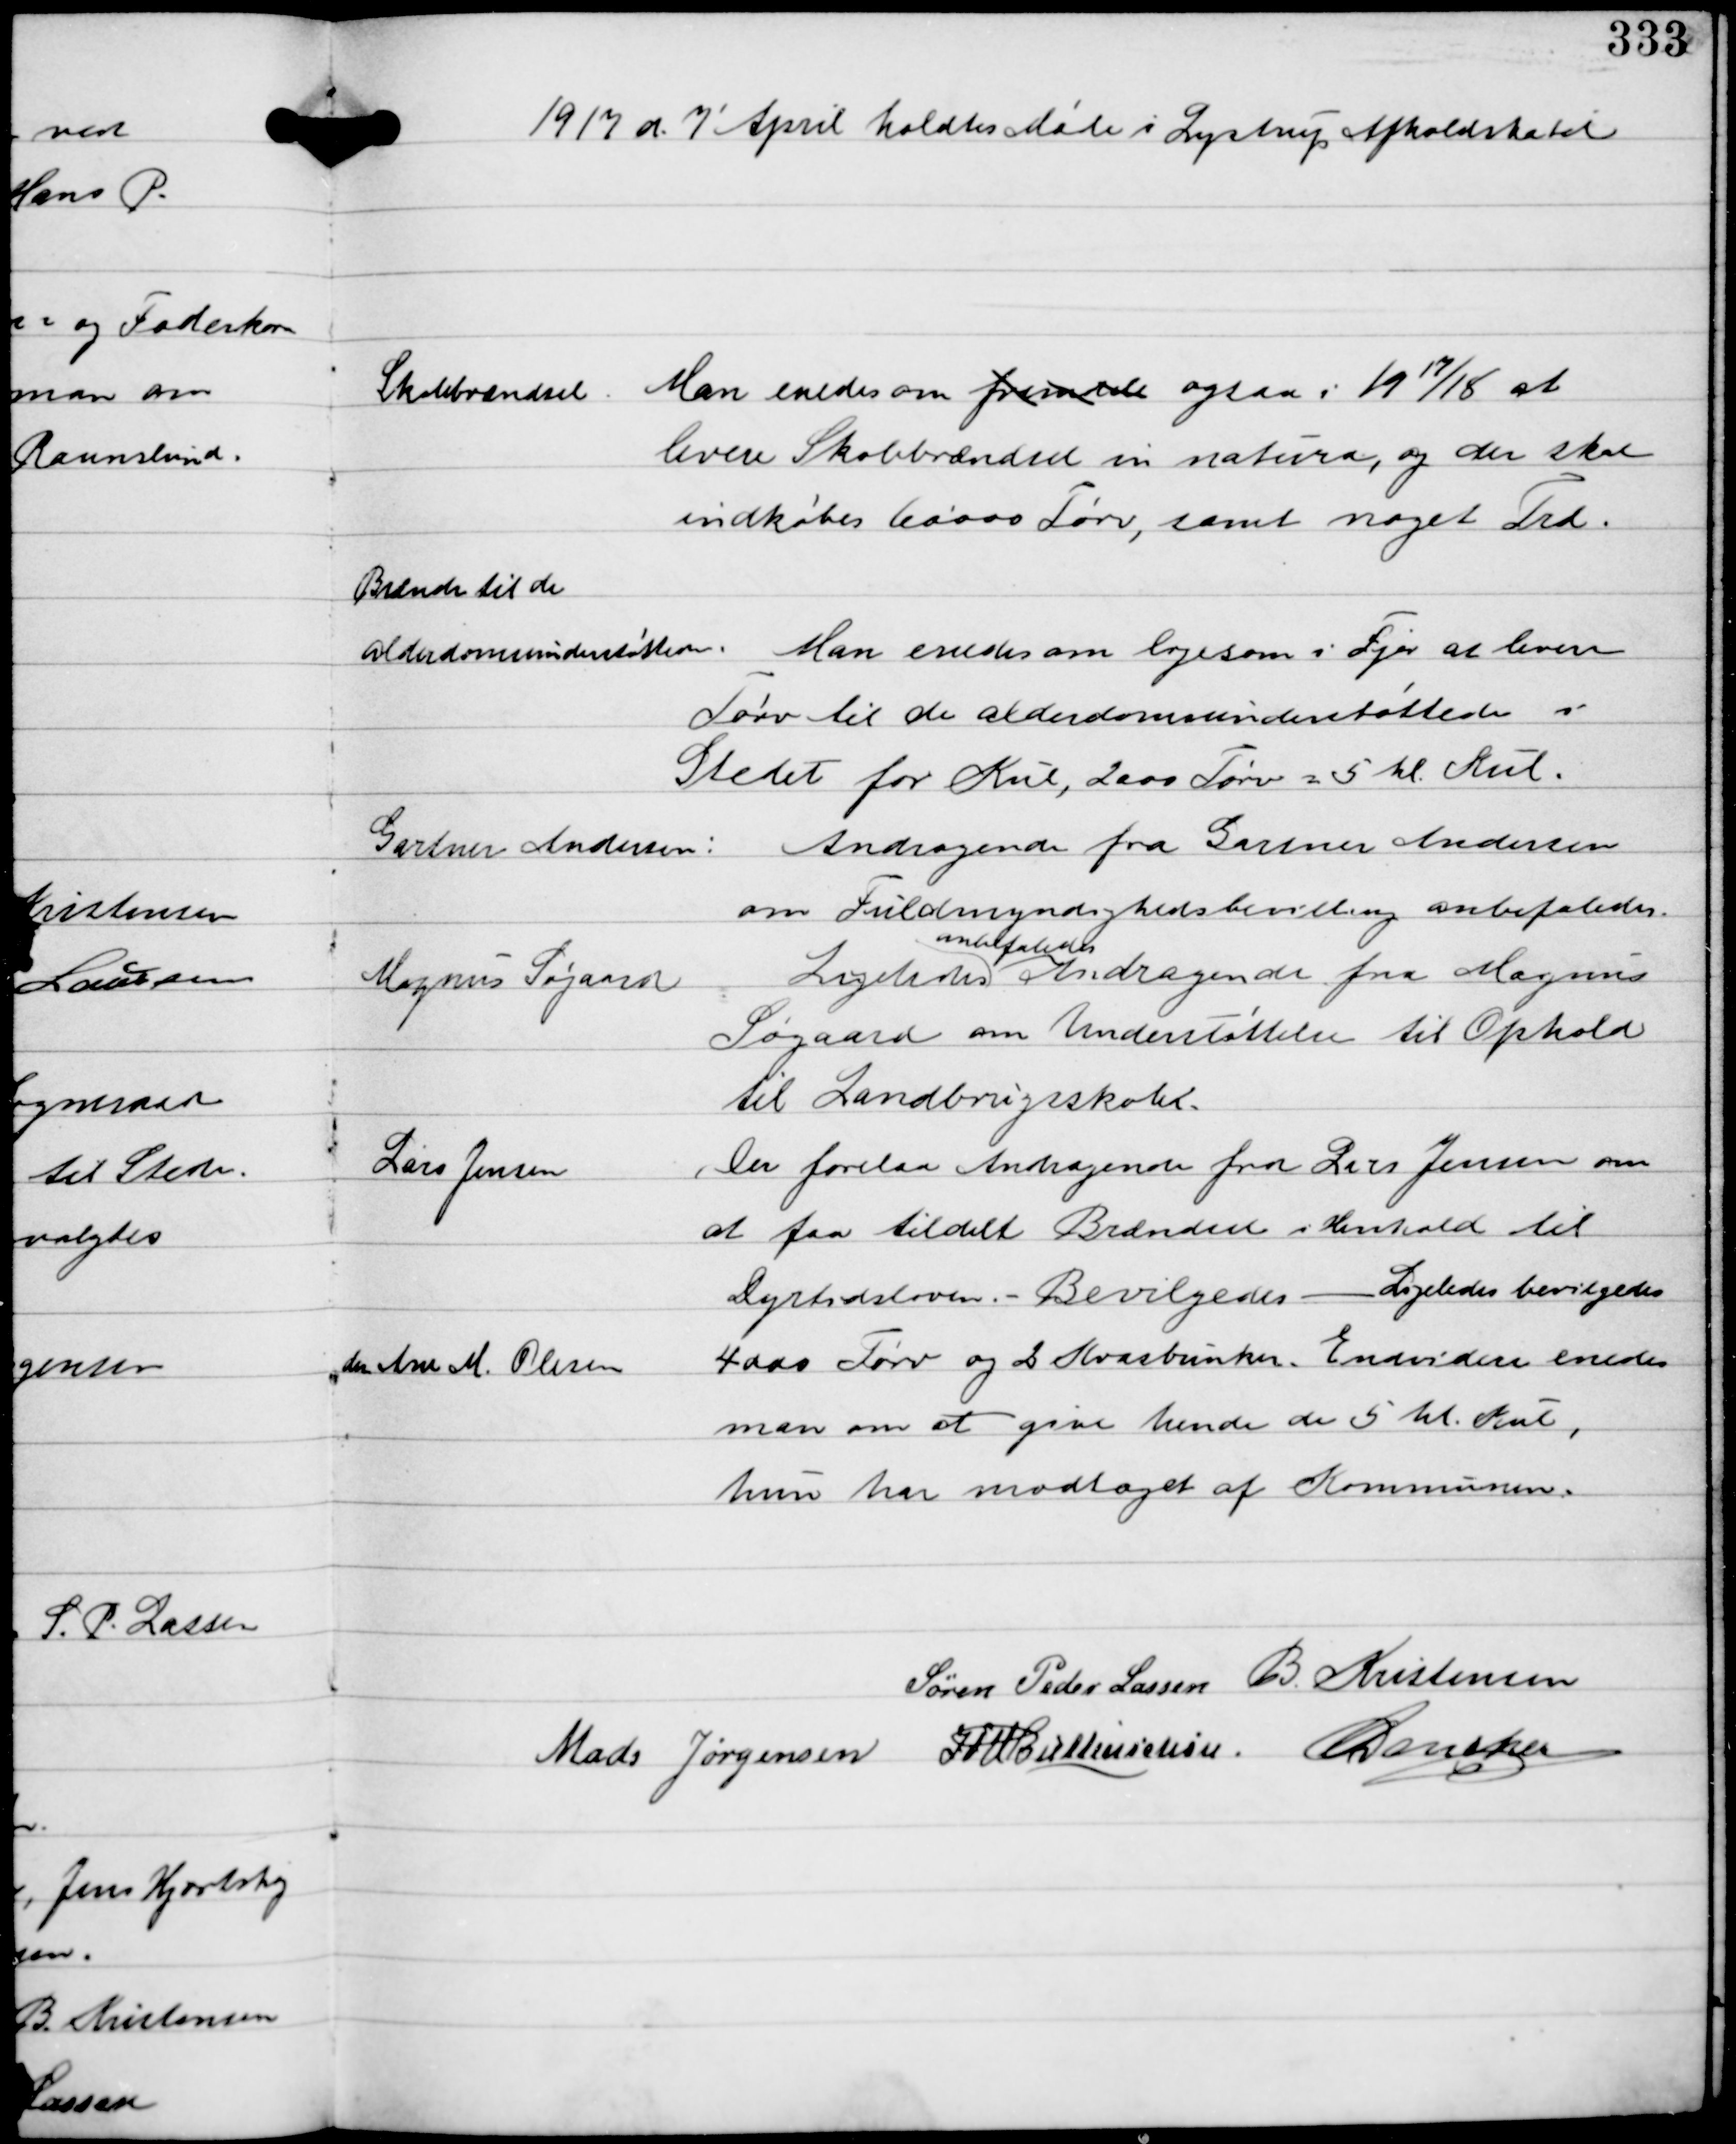
Transskription:
1917 d. 7' April holdtes Møde i Lystrup Afholdshotel

Skolebrændsel

Man enedes om fremdele ogsaa i 1917/18 at
levere Skolebrændsel in natura, og der skal
indkøbes 60000 Tørv, samt noget Træ.

Brændsel til de

alderdomsunderstøttede.

Man enedes om ligesom i Fjor at levere
Tørv til de alderdomsunderstøttede i
Stedet for Kul, 2000 Tørv = 5 hl Kul.

Gartner Andersen:

Andragende fra Gartner Andesen
om Fuldmyndighedsbevilling anbefaledes.

Magnus Søgaard

Ligeledes
anbefaledes
Andragende fra Magnus
Søgaard om Understøttelse til Ophold
til Landbrugsskole.

Lars Jensen
An Ane M. Olesen

Der forelaa Andragende fra Lars Jensen om
at faa tildelt Brændsel i Henhold til
Dyrtidsloven. - Bevilgedes - Ligeledes bevilgedes
4000 Tørv og 2 Kvasbunker. Endvidere enedes
man om at give hende de 5 hl Kul,
hun har modtaget af Kommunen.

Søren Peder Lassen B Kristensen
Mads Jørgensen IFV Buttenschøn C Dencker